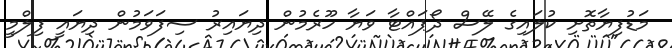
މަޑުފިޔާތޮށި ކުލައިގެ ލޭސް ދޯޕައްޓާ ވަޔާ ހޫރެމުން ދިޔައިރު ސިފަވަމުން ދިޔައީ ފިލްމީ